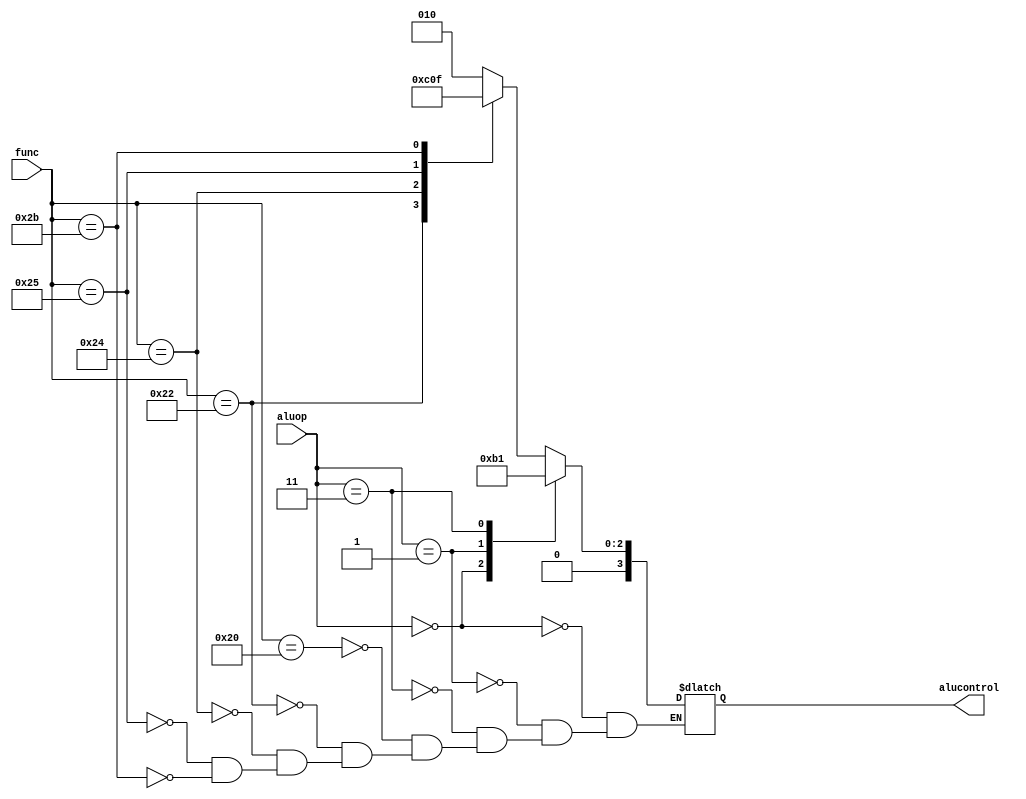
module aludec(func, aluop, alucontrol);
input   [5:0] func;
input   [1:0] aluop;
output reg [3:0] alucontrol;

always @(aluop, func)
begin
    case(aluop)
      2'b00: alucontrol <= 4'b0010;  // add
      2'b01: alucontrol <= 4'b0110;  // sub
      2'b11: alucontrol <= 4'b0001;  // ori
      default: case(func)          // RTYPE
          6'b100000: alucontrol <= 4'b0010; // add
          6'b100010: alucontrol <= 4'b0110; // sub
          6'b100100: alucontrol <= 4'b0000; // and
          6'b100101: alucontrol <= 4'b0001; // or
          6'b101011: alucontrol <= 4'b0111; // sltu
        endcase
    endcase
end

endmodule